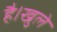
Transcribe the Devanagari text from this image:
है।खुले